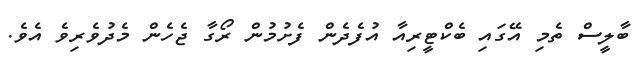
ބާލީސް ތެމި އޭގައި ބެކްޓީރިއާ އުފެދެން ފެށުމުން ރޯގާ ޖެހެން މެދުވެރިވެ އެވެ.